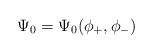
\begin{align*}\Psi_0=\Psi_0 (\phi_+,\phi_-)\end{align*}